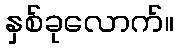
နှစ်ခုလောက်။